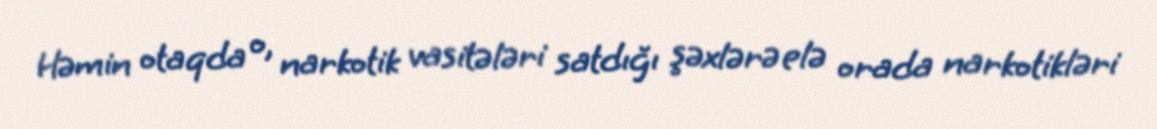
Həmin otaqda o, narkotik vasitələri satdığı şəxlərə elə orada narkotikləri